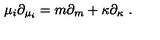
\mu _ { i } \partial _ { \mu _ { i } } = m \partial _ { m } + \kappa \partial _ { \kappa } \ .